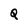
Character: Q